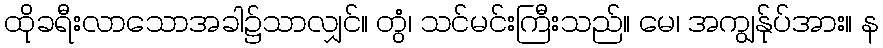
ထိုခရီးလာသောအခါ၌သာလျှင်။ တွံ၊ သင်မင်းကြီးသည်။ မေ၊ အကျွန်ုပ်အား။ န